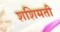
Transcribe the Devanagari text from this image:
शशिमती